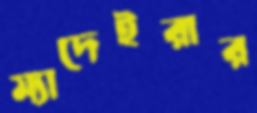
ম্যাদেইরার